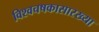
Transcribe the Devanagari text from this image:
विश्वचषकासारख्या